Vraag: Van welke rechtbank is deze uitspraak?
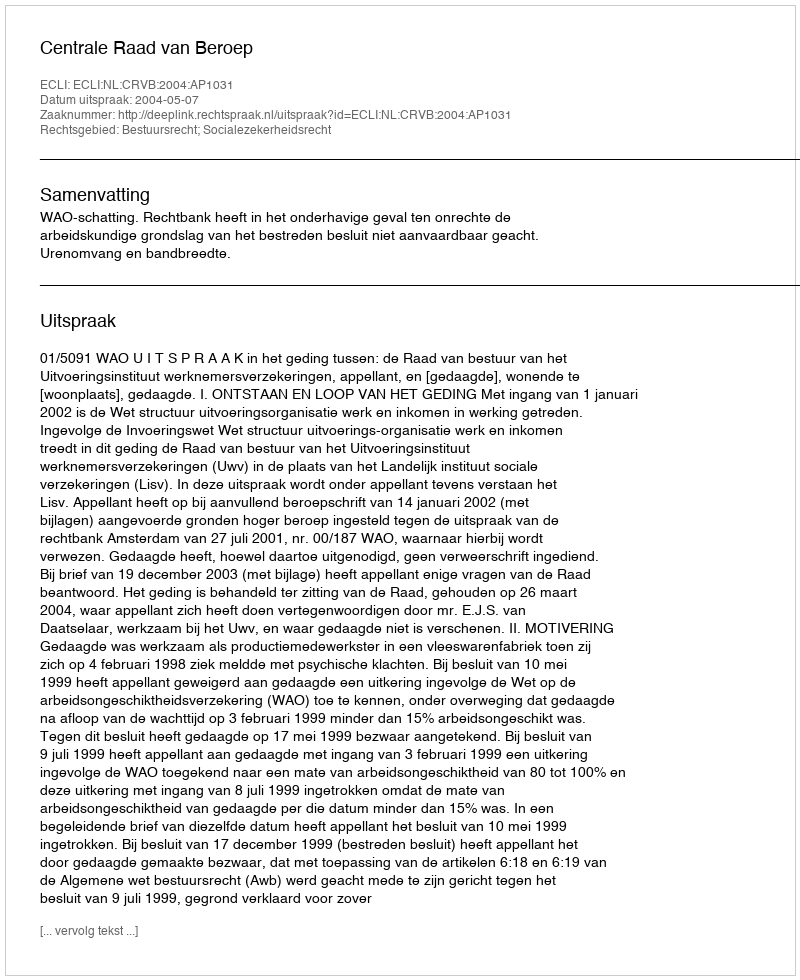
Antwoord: Centrale Raad van Beroep